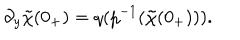
~ \partial _ { y } \tilde { \chi } ( 0 _ { + } ) = q ( p ^ { - 1 } ( \tilde { \chi } ( 0 _ { + } ) ) ) .